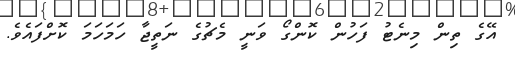
އޭގެ ތިން މިނެޓު ފަހުން ކޮންގޯ ވަނީ މެޗުގެ ނަތީޖާ ހަމަހަމަ ކޮށްފައެވެ.